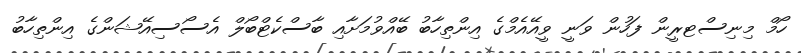
ހޯމް މިނިސްޓރީން ފަހުން ވަނީ ވީއޭއެމްގެ އިންތިހާބު ބޭއްވުމަށާއި ބާސްކެޓްބޯލް އެސޯސިއޭޝަންގެ އިންތިހާބު